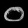
Digit: ၀